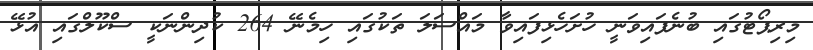
މިިރިޕޯޓުގައި ބުނެފައިވަނީ ހުށަހެޅިފައިވާ މައްސަލަ ތަކުގައި ހިމެނޭ 264 ކުދިންނަކީ ސްކޫލްގައި އުޅޭ